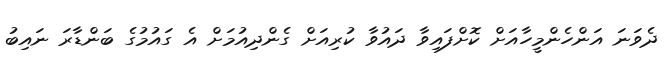
ދެވަނަ އަންހެންމީހާއަށް ކޮށްފައިވާ ދައުވާ ކުރިއަށް ގެންދިއުމަށް އެ ގައުމުގެ ބަންޑާރަ ނައިބު